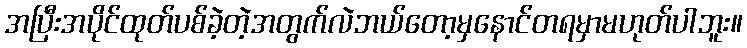
အပြီးအပိုင်ထုတ်ပစ်ခဲ့တဲ့အတွက်လဲဘယ်တော့မှနောင်တရမှာမဟုတ်ပါဘူး။